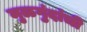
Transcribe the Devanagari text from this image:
मुळगुंदांची